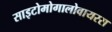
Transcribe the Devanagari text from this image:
साइटोमोगालोवायरस